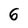
Character: 6